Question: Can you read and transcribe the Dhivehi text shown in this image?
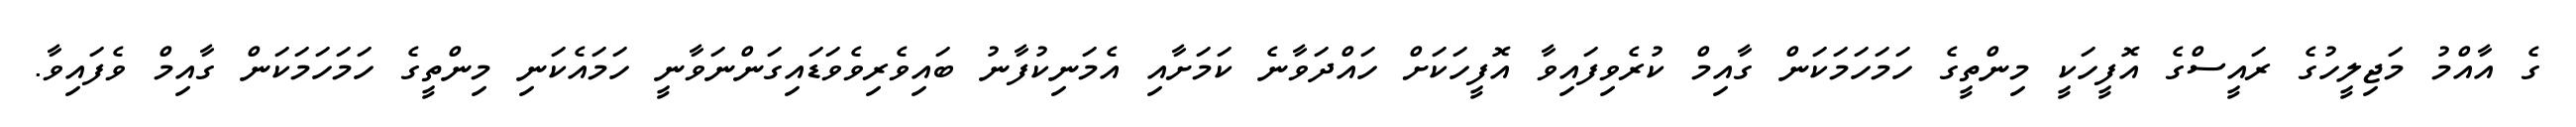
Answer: ގެ އާއްމު މަޖިލީހުގެ ރައީސްގެ އޮފީހަކީ މިންތީގެ ހަމަހަމަކަން ގާއިމް ކުރެވިފައިވާ އޮފީހަކަށް ހައްދަވާނެ ކަމަށާއި އެމަނިކުފާނު ބައިވެރިވެވަޑައިގަންނަވާނީ ހަމައެކަނި މިންތީގެ ހަމަހަމަކަން ގާއިމް ވެފައިވާ.